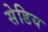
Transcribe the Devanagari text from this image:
सेडिय